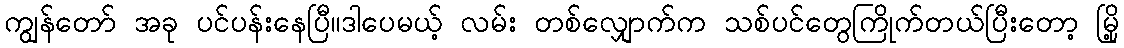
ကျွန်တော် အခု ပင်ပန်းနေပြီ။ဒါပေမယ့် လမ်း တစ်လျှောက်က သစ်ပင်တွေကြိုက်တယ်ပြီးတော့ မြို့